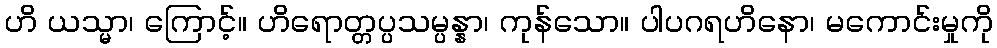
ဟိ ယသ္မာ၊ ကြောင့်။ ဟိရောတ္တပ္ပသမ္ပန္နာ၊ ကုန်သော။ ပါပဂရဟိနော၊ မကောင်းမှုကို